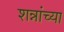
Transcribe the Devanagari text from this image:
शन्नांच्या